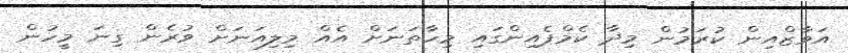
އަވާޒްއިން ކުރަމުން މިދާ ކެމްޕެއިންގައި މިހާތަނަށް އެއް މިލިއަނަށް ވުރެން ގިނަ މީހުން